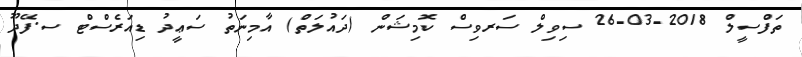
ތަފްސީލް 2018-03-26 ސިވިލް ސަރވިސް ކޮމިޝަން (ދައުލަތް) އާމިނަތު ސަޢީދު ޑިއަރެސްޓް ސ.ފޭދޫ